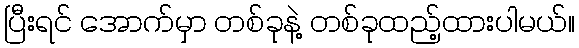
ပြီးရင် အောက်မှာ တစ်ခုနဲ့ တစ်ခုထည့်ထားပါမယ်။